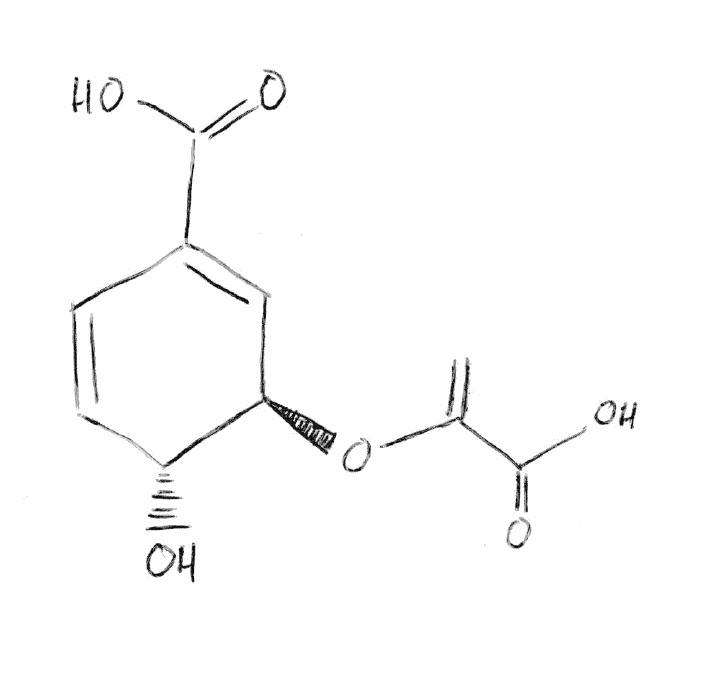
Simplified molecular-input line-entry system (SMILES) notation of the given molecule:
C=C(C(=O)O)O[C@@H]1C=C(C=C[C@H]1O)C(=O)O